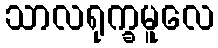
သာလရုက္ခမူလေ